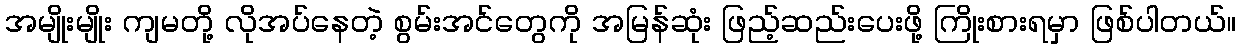
အမျိုးမျိုး ကျမတို့ လိုအပ်နေတဲ့ စွမ်းအင်တွေကို အမြန်ဆုံး ဖြည့်ဆည်းပေးဖို့ ကြိုးစားရမှာ ဖြစ်ပါတယ်။